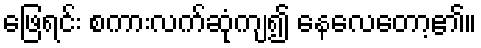
ဖြေရင်း စကားလက်ဆုံကျ၍ နေလေတော့၏။